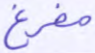
مفرغ